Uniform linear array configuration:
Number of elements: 8
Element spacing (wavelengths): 1
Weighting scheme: hamming
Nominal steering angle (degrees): -45
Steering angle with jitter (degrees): -44.744
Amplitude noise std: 0.05
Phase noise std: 0.05

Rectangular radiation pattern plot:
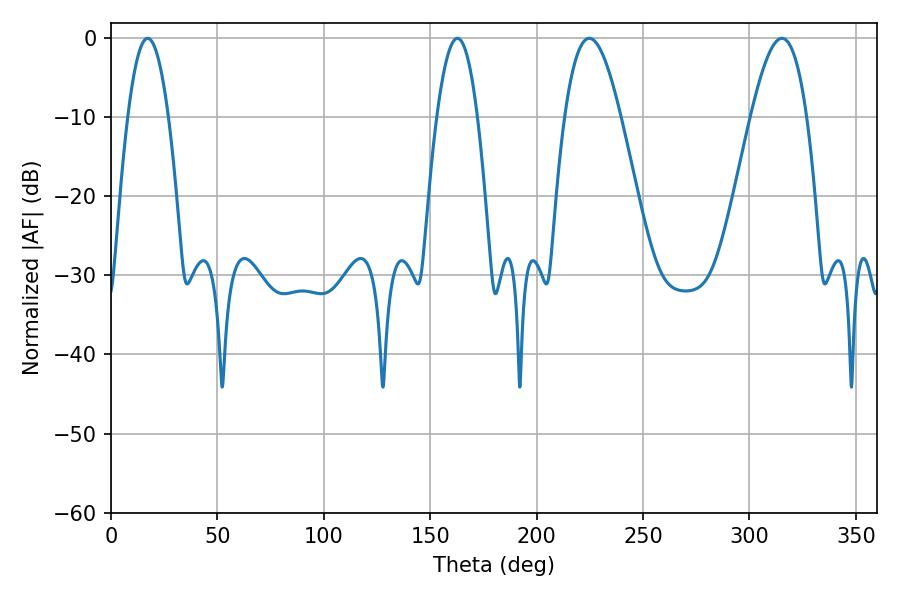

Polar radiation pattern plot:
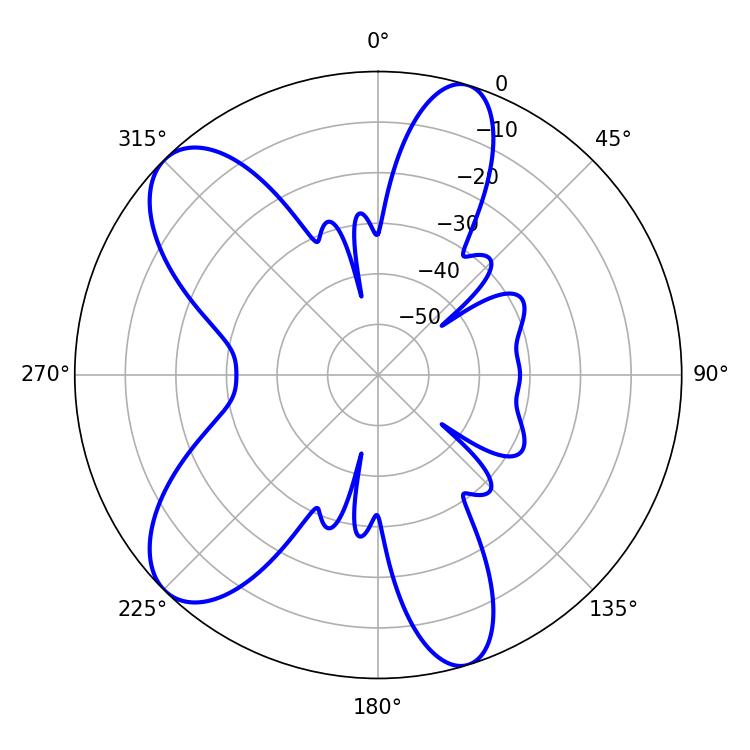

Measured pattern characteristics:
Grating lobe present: TRUE
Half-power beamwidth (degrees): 10.44
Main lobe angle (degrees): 17.28